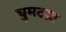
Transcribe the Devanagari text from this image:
घुमटय़ा